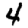
Digit: 4